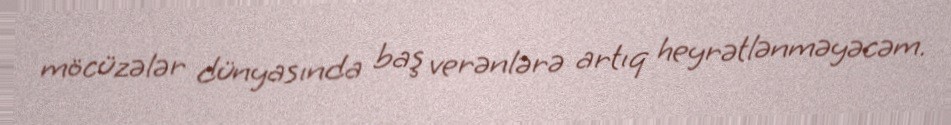
möcüzələr dünyasında baş verənlərə artıq heyrətlənməyəcəm.